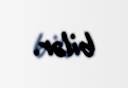
bilər.